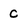
Character: c